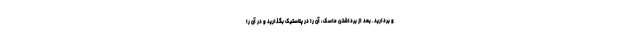
و بردارید. بعد از برداشتن ماسک، آن را در پلاستیک بگذارید و در آن را